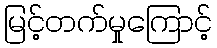
မြင့်တက်မှုကြောင့်